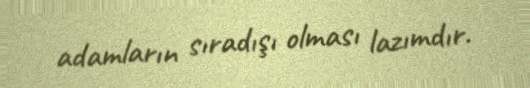
adamların sıradışı olması lazımdır.